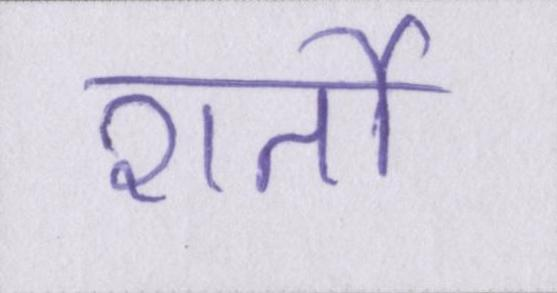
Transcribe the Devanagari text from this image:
शर्तो